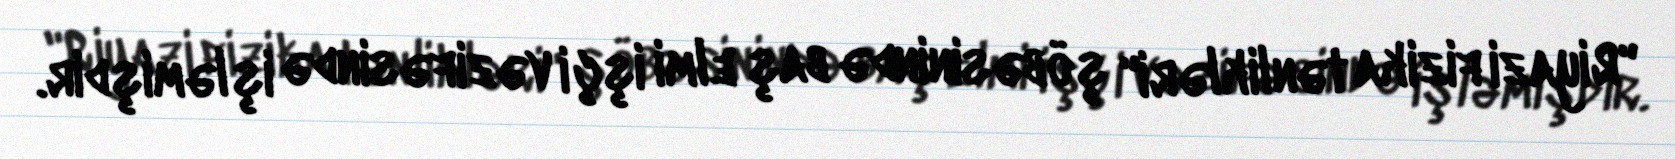
"Riyazi fizika tənlikləri" şöbəsinində baş elmi işçi vəzifəsində işləmişdir.